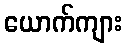
ယောက်ကျား